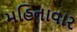
મહિનાવાર